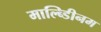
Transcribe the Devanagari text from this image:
माल्ब्डिीनम